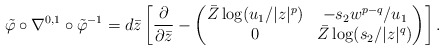
\begin{align*}\tilde\varphi\circ\nabla^{0,1}\circ\tilde\varphi^{-1} =d\bar z\left[ \frac{\partial}{\partial\bar z} - \begin{pmatrix} \bar Z\log (u_1/|z|^p) &-s_2w^{p-q}/u_1\\ 0 &\bar Z\log (s_2/|z|^q) \end{pmatrix}\right].\end{align*}